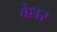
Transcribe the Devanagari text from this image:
बेधर